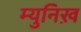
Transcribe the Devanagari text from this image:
म्युनिख़